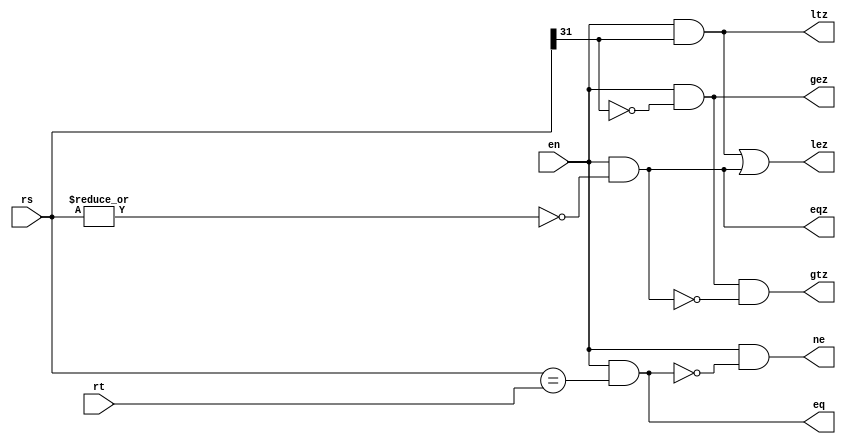
module branchresolve ( en, rs, rt, eq, ne, ltz, lez, gtz, gez, eqz);
parameter WIDTH=32;
input en;
input [WIDTH-1:0] rs;
input [WIDTH-1:0] rt;
output eq;
output ne;
output ltz;
output lez;
output gtz;
output gez;
output eqz;

assign eq=(en)&(rs==rt);
assign ne=(en)&~eq;
assign eqz=(en)&~(|rs);
assign ltz=(en)&rs[WIDTH-1];
assign lez=(en)&rs[WIDTH-1] | eqz;
assign gtz=(en)&(~rs[WIDTH-1]) & ~eqz;
assign gez=(en)&(~rs[WIDTH-1]);

endmodule